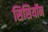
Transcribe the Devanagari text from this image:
सिसियॉन